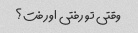
وقتی تو رفتی او رفت؟